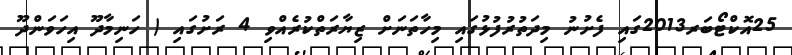
25އޮކްޓޯބަރ2013ގައި ފެށުނު މިދަތުރުފުޅުގައި މިހާތަނަށް ޒިޔާރަތްކުރެއްވި 4 ރަށުގައި ( ހަނިމާދޫ އިހަވަންދޫ